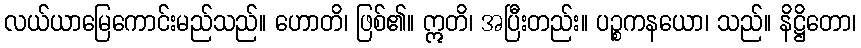
လယ်ယာမြေကောင်းမည်သည်။ ဟောတိ၊ ဖြစ်၏။ ဣတိ၊ အပြီးတည်း။ ပဉ္စကနယော၊ သည်။ နိဋ္ဌိတော၊